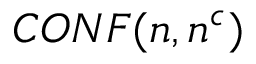
C O N F ( n , n ^ { c } )